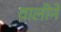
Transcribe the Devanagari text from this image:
वालीने